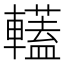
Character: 䡷